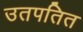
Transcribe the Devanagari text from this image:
उतपतित